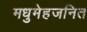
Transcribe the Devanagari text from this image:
मधुमेहजनित